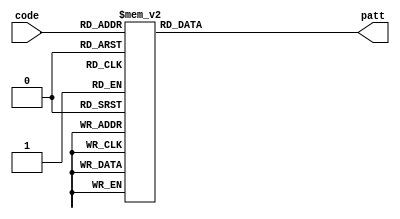
`timescale 1ns / 1ps
//////////////////////////////////////////////////////////////////////////////////
// Company: 
// Engineer: 
// 
// Design Name: 
// Module Name: pattern
// Project Name: 
// Target Devices: 
// Tool Versions: 
// Description: 
// 
// Dependencies: 
// 
// Revision:
// Revision 0.01 - File Created
// Additional Comments:
// 
//////////////////////////////////////////////////////////////////////////////////


module pattern(code,patt);
     input [3:0] code;
     output reg [7:0] patt; 
     always @(code)
         begin 
             case(code)
                0:patt = 8'b11000000;
                1:patt = 8'b11111001;
                2:patt = 8'b10100100;
                3:patt = 8'b10110000;
                4:patt = 8'b10011001;
                5:patt = 8'b10010010;
                6:patt = 8'b10000010;
                7:patt = 8'b11111000;
                8:patt = 8'b10000000;
                9:patt = 8'b10011000;
                10:patt = 8'b10001000;
                11:patt = 8'b10000011;
                12:patt = 8'b11000110;
                13:patt = 8'b10100001;
                14:patt = 8'b10000110;
                default:patt = 8'b10001110;
             endcase
       end      
endmodule